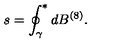
s = \oint _ { \gamma } ^ { * } d B ^ { ( 8 ) } .